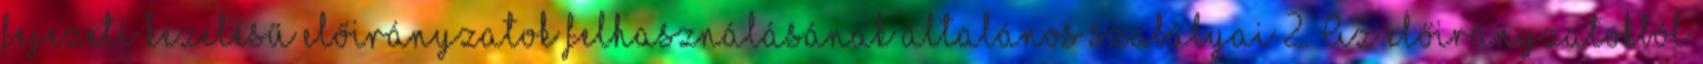
fejezeti kezelésű előirányzatok felhasználásának általános szabályai 2. Az előirányzatokból